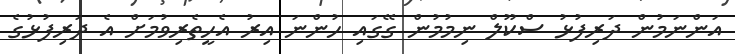
އަންނަމުން ދަރިފުޅު ސްކޫލް ނިމުމުން ގޭގައި ހުންނަ އިރު އެހީތެރިވުމަށް އެ ދަރިފުޅުގެ